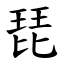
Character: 琵